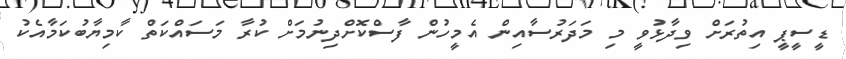
ޑީސީޕީ އިތުރަށް ވިދާޅުވީ މި މަދަރުސާއިން އެމީހުން ފާސްކޮށްދިނުމަށް ކުރާ މަސައްކަތް ކާމިޔާބުކަމާއެކު